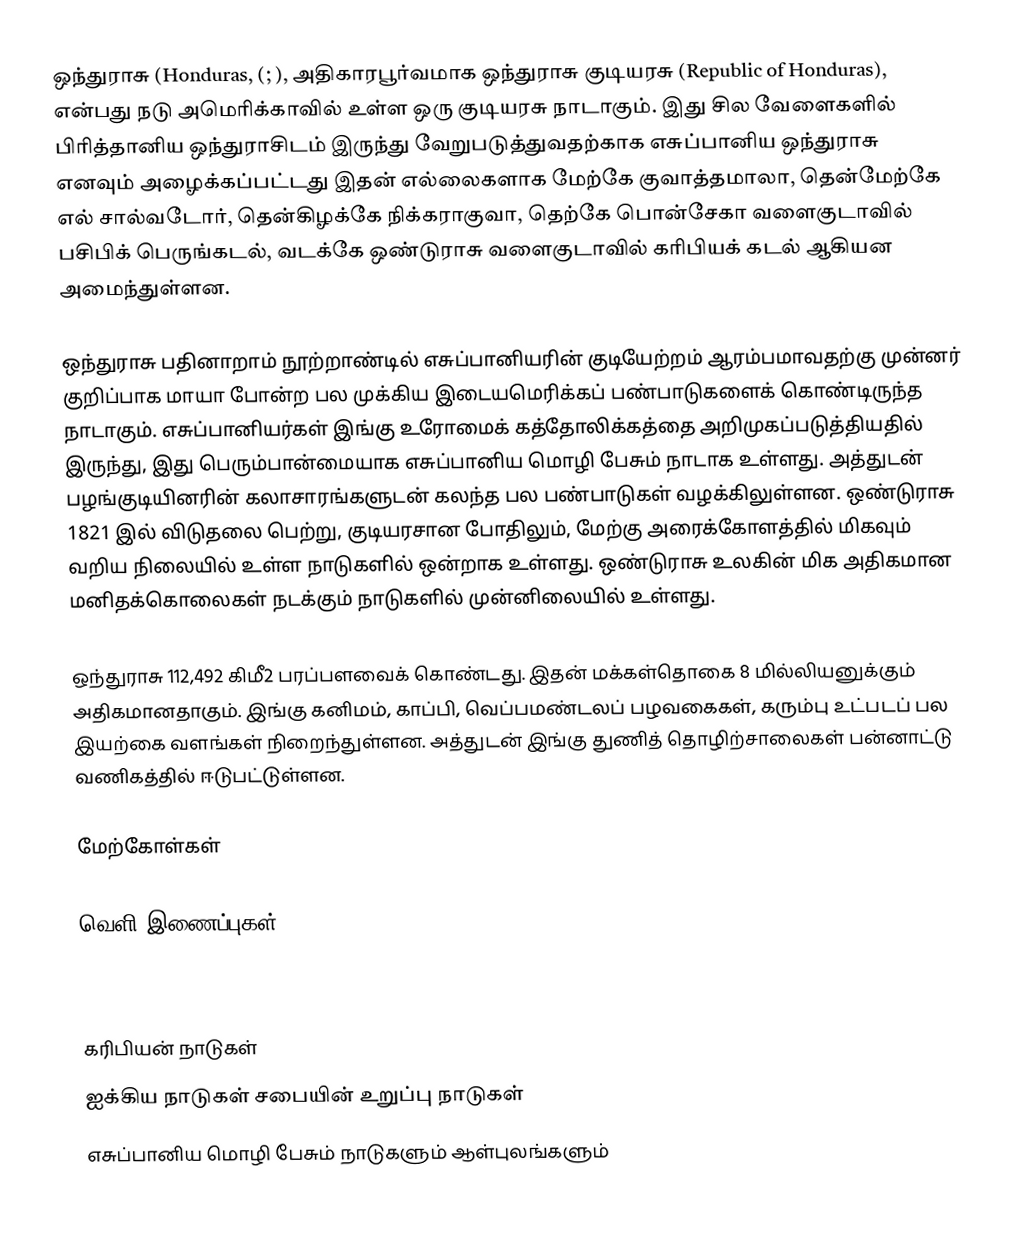
ஒந்துராசு (Honduras, (; ), அதிகாரபூர்வமாக ஒந்துராசு குடியரசு (Republic of Honduras), என்பது நடு அமெரிக்காவில் உள்ள ஒரு குடியரசு நாடாகும். இது சில வேளைகளில் பிரித்தானிய ஒந்துராசிடம் இருந்து வேறுபடுத்துவதற்காக எசுப்பானிய ஒந்துராசு எனவும் அழைக்கப்பட்டது இதன் எல்லைகளாக மேற்கே குவாத்தமாலா, தென்மேற்கே எல் சால்வடோர், தென்கிழக்கே நிக்கராகுவா, தெற்கே பொன்சேகா வளைகுடாவில் பசிபிக் பெருங்கடல், வடக்கே ஒண்டுராசு வளைகுடாவில் கரிபியக் கடல் ஆகியன அமைந்துள்ளன.

ஒந்துராசு பதினாறாம் நூற்றாண்டில் எசுப்பானியரின் குடியேற்றம் ஆரம்பமாவதற்கு முன்னர் குறிப்பாக மாயா போன்ற பல முக்கிய இடையமெரிக்கப் பண்பாடுகளைக் கொண்டிருந்த நாடாகும். எசுப்பானியர்கள் இங்கு உரோமைக் கத்தோலிக்கத்தை அறிமுகப்படுத்தியதில் இருந்து, இது பெரும்பான்மையாக எசுப்பானிய மொழி பேசும் நாடாக உள்ளது. அத்துடன் பழங்குடியினரின் கலாசாரங்களுடன் கலந்த பல பண்பாடுகள் வழக்கிலுள்ளன. ஒண்டுராசு 1821 இல் விடுதலை பெற்று, குடியரசான போதிலும், மேற்கு அரைக்கோளத்தில் மிகவும் வறிய நிலையில் உள்ள நாடுகளில் ஒன்றாக உள்ளது. ஒண்டுராசு உலகின் மிக அதிகமான மனிதக்கொலைகள் நடக்கும் நாடுகளில் முன்னிலையில் உள்ளது.

ஒந்துராசு 112,492 கிமீ2 பரப்பளவைக் கொண்டது. இதன் மக்கள்தொகை 8 மில்லியனுக்கும் அதிகமானதாகும். இங்கு கனிமம், காப்பி, வெப்பமண்டலப் பழவகைகள், கரும்பு உட்படப் பல இயற்கை வளங்கள் நிறைந்துள்ளன. அத்துடன் இங்கு துணித் தொழிற்சாலைகள் பன்னாட்டு வணிகத்தில் ஈடுபட்டுள்ளன.

மேற்கோள்கள்

வெளி இணைப்புகள்
 Honduran Biodiversity Database

கரிபியன் நாடுகள்
ஐக்கிய நாடுகள் சபையின் உறுப்பு நாடுகள்
எசுப்பானிய மொழி பேசும் நாடுகளும் ஆள்புலங்களும்